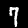
Digit: 7